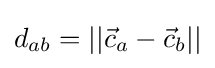
d_{ab}=||{\vec {c}}_{a}-{\vec {c}}_{b}||